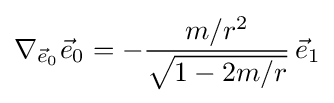
\nabla _{{\vec {e}}_{0}}{\vec {e}}_{0}=-{\frac {m/r^{2}}{\sqrt {1-2m/r}}}\,{\vec {e}}_{1}